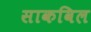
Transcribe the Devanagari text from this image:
साकविल